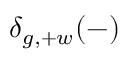
\delta _ { g , + w } ( - )